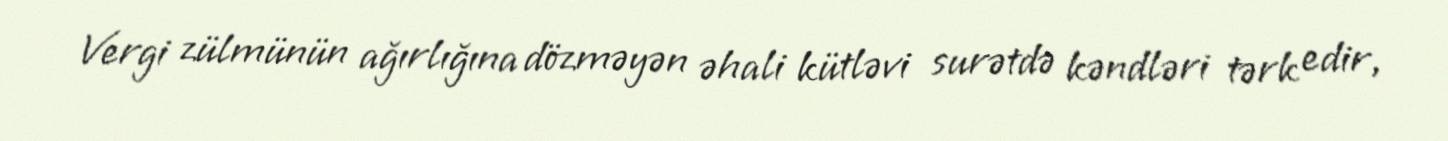
Vergi zülmünün ağırlığına dözməyən əhali kütləvi surətdə kəndləri tərk edir,